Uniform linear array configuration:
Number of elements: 24
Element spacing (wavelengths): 0.5
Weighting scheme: cosine
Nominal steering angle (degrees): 60
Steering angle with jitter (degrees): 58.663
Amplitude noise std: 0.05
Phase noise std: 0.05

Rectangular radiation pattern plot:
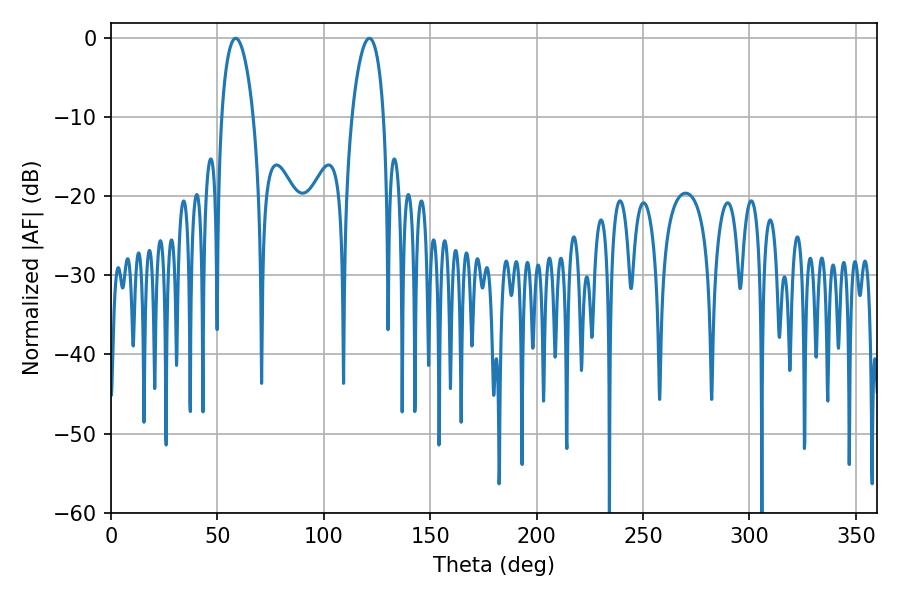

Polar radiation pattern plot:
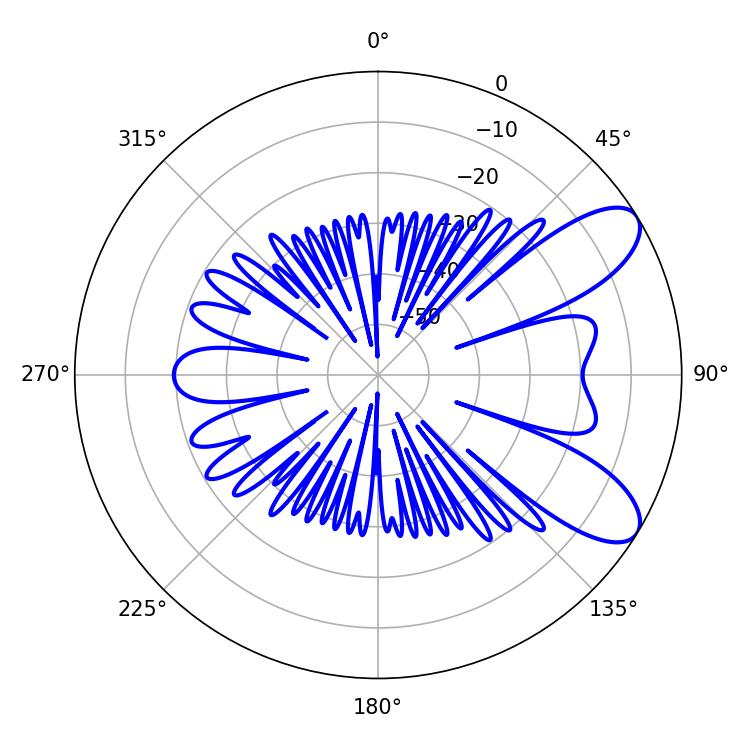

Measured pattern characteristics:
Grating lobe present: FALSE
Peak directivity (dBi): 8.637
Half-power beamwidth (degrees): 8.46
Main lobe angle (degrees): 58.68